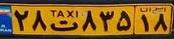
۲۸ت۸۳۵۱۸